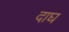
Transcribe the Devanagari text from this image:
दाघ